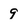
Character: 9